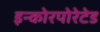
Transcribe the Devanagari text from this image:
इन्कोरपोरेटेड